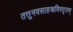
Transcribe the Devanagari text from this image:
तत्तुनवसाहस्रविस्तृतम्